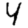
Digit: 4